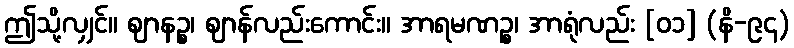
ဤသို့လျှင်။ ဈာနဉ္စ၊ ဈာန်လည်းကောင်း။ အာရမဏဉ္စ၊ အာရုံလည်း [၀၁] (နိ-၉၄)